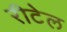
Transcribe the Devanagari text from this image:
रीटेल